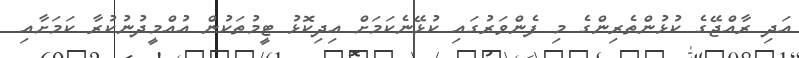
އަދި ރާއްޖޭގެ ކުޅުންތެރިންގެ މި ފެންވަރުގައި ކުޅޭނެކަމަށް އިދިކޮޅު ޓީމުތަކުން އުއްމީދުނުކުރާ ކަމަށާއި